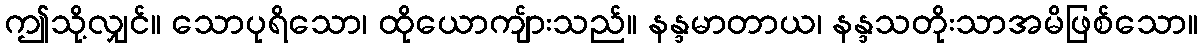
ဤသို့လျှင်။ သောပုရိသော၊ ထိုယောကျ်ားသည်။ နန္ဒမာတာယ၊ နန္ဒသတိုးသာအမိဖြစ်သော။